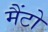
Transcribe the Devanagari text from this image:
मैंटो